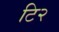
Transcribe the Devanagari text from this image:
टि२